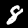
Digit: 8